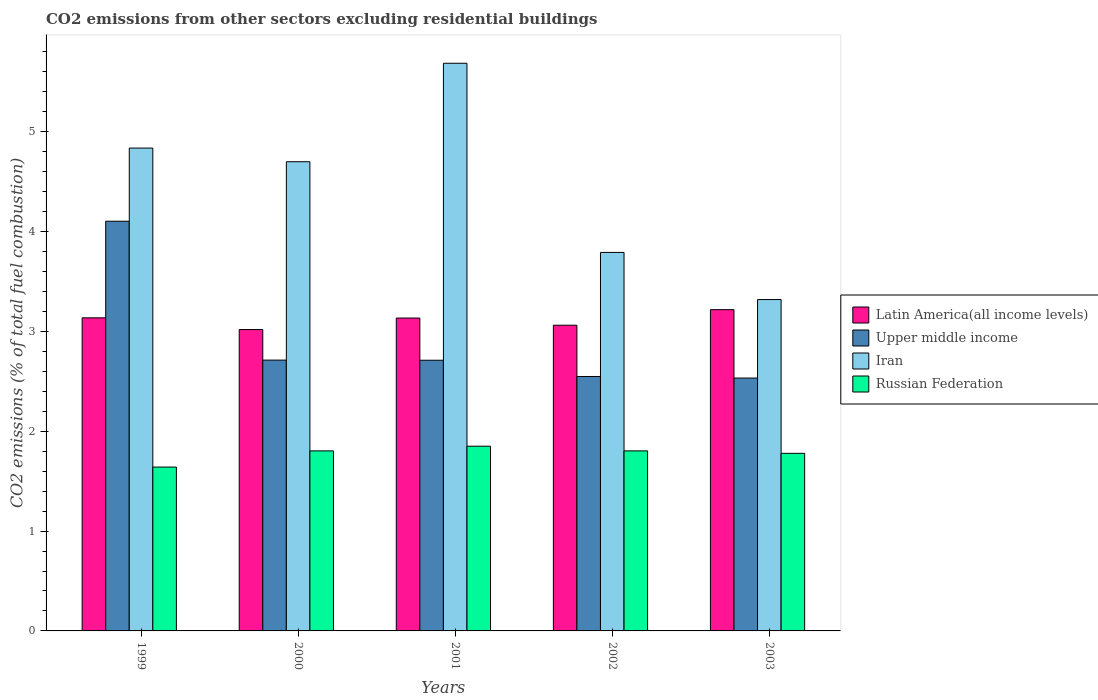
| Years | Latin America(all income levels) | Upper middle income | Iran | Russian Federation |
 | --- | --- | --- | --- | --- |
 | 1999 | 3.14 | 4.1 | 4.84 | 1.64 |
 | 2000 | 3.02 | 2.71 | 4.7 | 1.8 |
 | 2001 | 3.13 | 2.71 | 5.69 | 1.85 |
 | 2002 | 3.06 | 2.55 | 3.79 | 1.8 |
 | 2003 | 3.22 | 2.53 | 3.32 | 1.78 |